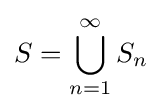
S=\bigcup _{n=1}^{\infty }S_{n}